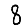
Digit: 8